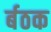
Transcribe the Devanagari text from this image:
र्बठक